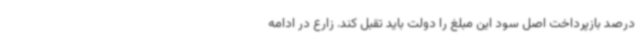
درصد بازپرداخت اصل سود این مبلغ را دولت باید تقبل کند. زارع در ادامه